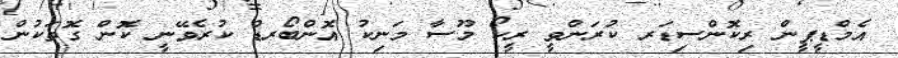
އެމްޑީޕީން ރިކޮންސިޑަރ ކުރަންވީ ރީކޯ މޫސާ މަނިކު އޮންބޯރޑް ކުރެވޭނީ ކޮން ގޮތަކުން